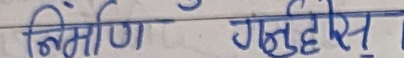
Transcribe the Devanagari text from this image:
निर्माण गनु हुँदैस